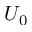
U _ { 0 }